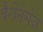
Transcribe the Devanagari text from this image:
बैरोनेसेज़